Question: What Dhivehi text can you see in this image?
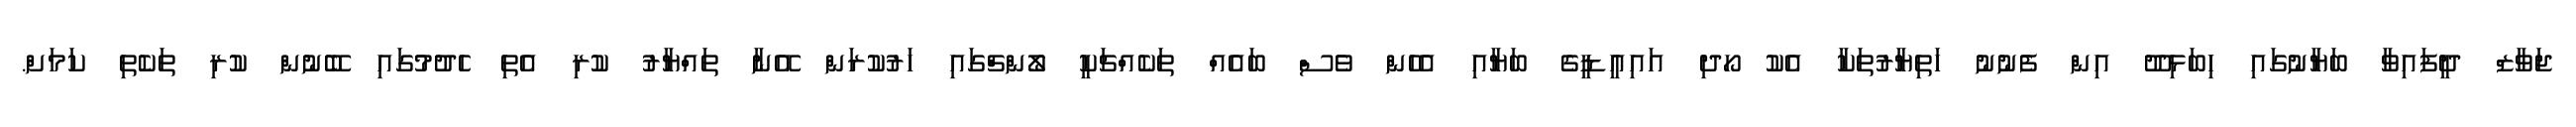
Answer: ޖަވާޒް ދީފައިވާ ބަޔާނުގައި ހިބަޅިދޫ އިން ފެނުނު ހަތިޔާރުތަކާ އެކު ހޯދި އައިއީޑީގެ ބަޔާއި އެހެން ވެސް ބައެއް ތަކެއްޗަކީ ލޯންޗްގައި ހަރުކުރަން އޭނާ ތައްޔާރު ކުރި އެތި ހެދުމުގައި ބޭނުން ކުރި ތަކެތި ކަމަށް.